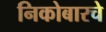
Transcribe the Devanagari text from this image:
निकोबारचे